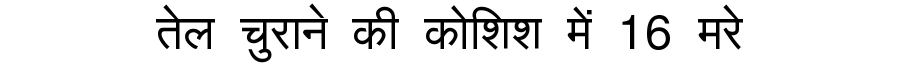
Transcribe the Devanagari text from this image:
तेल चुराने की कोशिश में 16 मरे